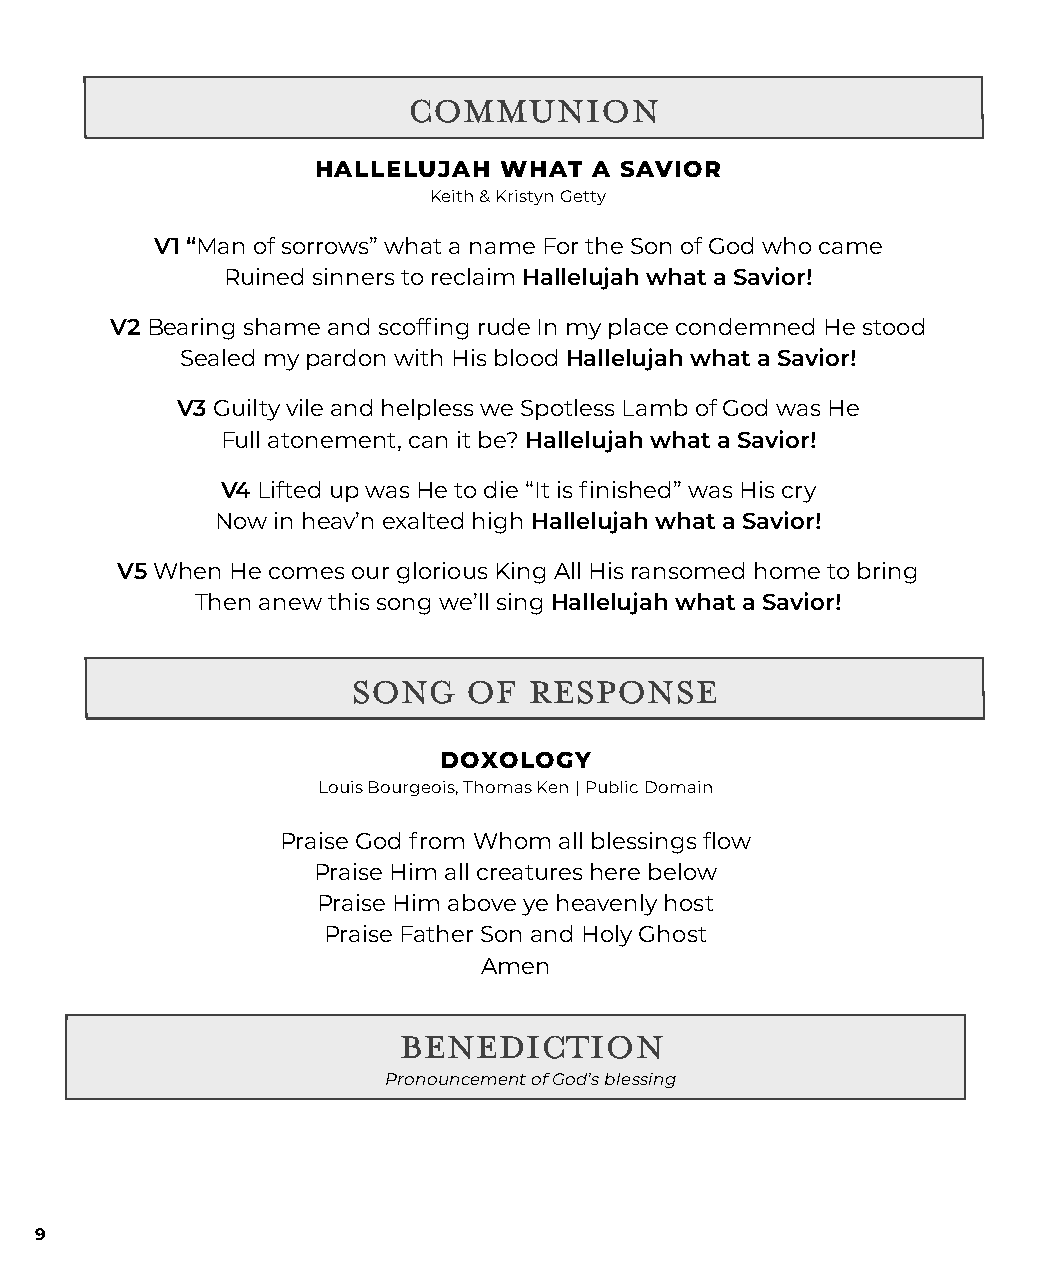
communion
 HALLELUJAH  WHAT  A SAVIOR
 Keith & Kristyn Getty
 V1 “Man of sorrows” what a name For the Son of God who came
 Ruined sinners to reclaim Hallelujah what a Savior!
 V2 Bearing shame and scoffing rude In my place condemned He stood
 Sealed my pardon with His blood Hallelujah what a Savior!
 V3 Guilty vile and helpless we Spotless Lamb of God was He
 Full atonement, can it be? Hallelujah what a Savior!
 V4 Lifted up was He to die “It is finished” was His cry
 Now in heav’n exalted high Hallelujah what a Savior!
 V5 When He comes our glorious King All His ransomed home to bring
 Then anew this song we’ll sing Hallelujah what a Savior!
 song    of  response
 DOXOLOGY
 Louis Bourgeois, Thomas Ken | Public Domain
 Praise God from Whom all blessings flow
 Praise Him all creatures here below
 Praise Him above ye heavenly host
 Praise Father Son and Holy Ghost
 Amen
 Benediction
 Pronouncement of God’s blessing
 9